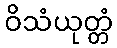
ဝိသံယုတ္တံ